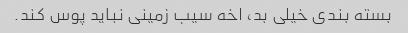
بسته بندی خیلی بد، اخه سیب زمینی نباید پوس کند.